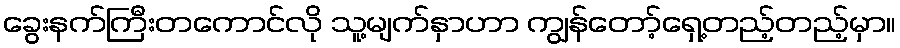
ခွေးနက်ကြီးတကောင်လို သူ့မျက်နှာဟာ ကျွန်တော့်ရှေ့တည့်တည့်မှာ။